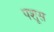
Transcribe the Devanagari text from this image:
पशूस